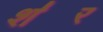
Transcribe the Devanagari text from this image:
श॑र